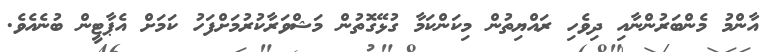
އާންމު މެންބަރުންނާއި ދިވެހި ރައްޔިތުން މިކަންކަމާ ގުޅޭގޮތުން މަޝްވަރާކުރުމަށްފަހު ކަމަށް އެޕާޓީން ބުނެއެވެ.